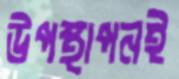
উপস্থাপনই